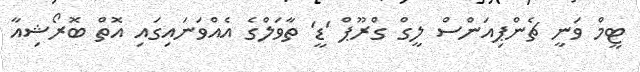
ޓީމް ވަނީ ޗެންޕިއަންސް ލީގް ގްރޫޕް 'ޑީ' ތާވަލްގެ އެއްވަނައިގައި އޮތް ބޮރޯޝިއާ